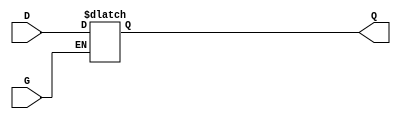
module GatedTransparentLatch (
    input wire D,      // Data Input
    input wire G,      // Gate/Control Input
    output reg Q       // Output
);

// Always block triggered by changes in G or D
always @(*) begin
    if (G) begin
        Q = D;        // When G is high, output follows input
    end else begin
        // When G is low, output holds its last value
        Q = Q;        // Retain the last value of Q
    end
end

endmodule